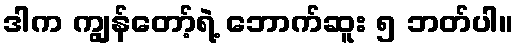
ဒါက ကျွန်တော့်ရဲ့ ဘောက်ဆူး ၅ ဘတ်ပါ။